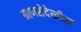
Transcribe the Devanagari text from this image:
माणसेदेखील